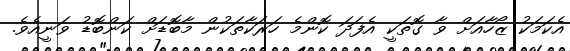
އެކަމަކު ޒޯހާއަށް ވާ ގޮތަކީ އެފަދަ ކޮންމެ ހަރަކާތަކުން މާބޮޑަށް ކަންބޮޑު ވަނީއެވެ.